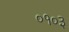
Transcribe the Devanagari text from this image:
०१०३